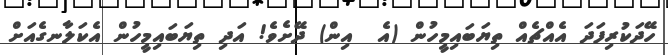
ހޭދަކުރިފަދަ އެއްޗެއް ތިޔަބައިމީހުން (އެ  އިން) ދޭށެވެ! އަދި ތިޔަބައިމީހުން އެކަލާނގެއަށް